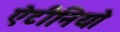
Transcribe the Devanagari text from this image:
ऐटीनियो